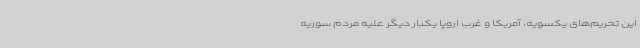
این تحریم‌های یکسویه، آمریکا و غرب اروپا یکبار دیگر علیه مردم سوریه